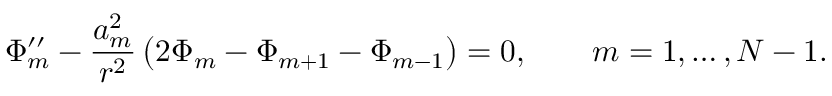
\Phi _ { m } ^ { \prime \prime } - \frac { a _ { m } ^ { 2 } } { r ^ { 2 } } \left( 2 \Phi _ { m } - \Phi _ { m + 1 } - \Phi _ { m - 1 } \right) = 0 , \qquad m = 1 , \ldots , N - 1 .